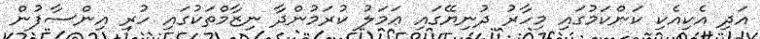
އަދި އެކިއެކި ކަންކަމުގައި މިހާރު ދުނިޔޭގައި ޢަމަލު ކުރަމުންދާ ނިޒާމްތަކުގައި ހުރި އިންސާފުން